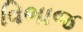
વિભાજ